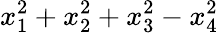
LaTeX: x_{1}^{2}+x_{2}^{2}+x_{3}^{2}-x_{4}^{2}